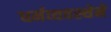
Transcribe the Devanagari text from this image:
धर्मव्यवस्थेने